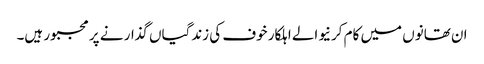
ان تھانوں میں کام کرنیوالے اہلکار خوف کی زندگیاں گذار نے پر مجبور ہیں۔